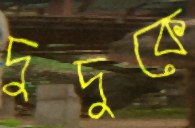
দুদুকে